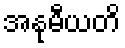
အနုမီယတိ